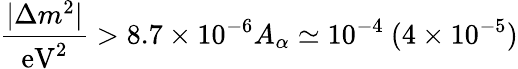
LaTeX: \frac{|\Delta m^{2}|}{\mathrm{eV}^{2}}>8.7\times 10^{-6}A_{\alpha}\simeq 10^{-4}\ (4\times 10^{-5})